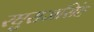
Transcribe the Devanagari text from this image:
रघुराजसिंह